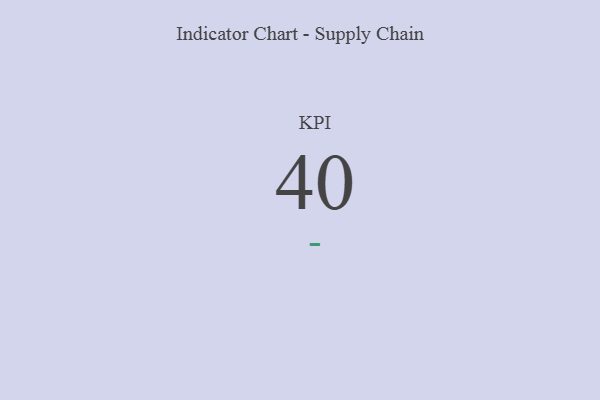
{"axis": {"x": "KPI", "y": "Value"}, "legend": [""], "data": [{"x": "KPI", "y": 40, "type": ""}]}